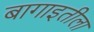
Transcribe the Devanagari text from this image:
बागाइतीला